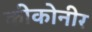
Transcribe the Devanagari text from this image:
कीकोनीर